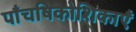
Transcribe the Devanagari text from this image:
पाँचषिकोशिकाएँ